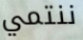
ننتمي